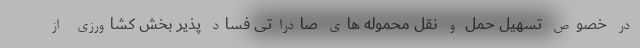
در خصوص تسهیل حمل و نقل محموله های صادراتی فساد پذیر بخش کشاورزی از